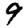
Digit: 9